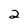
Character: 2